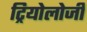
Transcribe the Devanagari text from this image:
ट्रियोलोजी